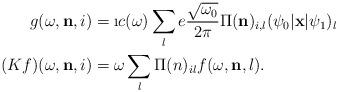
LaTeX: \begin{align*}g(\omega,\mathbf{ n},i)&= \i c(\omega) \sum_l e\frac{\sqrt{\omega_0}}{2\pi}\Pi(\mathbf{ n})_{i,l} (\psi_{0}| \mathbf{ x}|\psi_1)_l \\ (Kf)(\omega,\mathbf{ n},i)&= \omega \sum_l \Pi(n)_{il} f(\omega,\mathbf{ n},l).\end{align*}